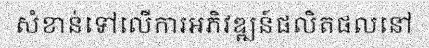
សំខាន់ទៅលើការអភិវឌ្ឍន៍ផលិតផលនៅ